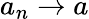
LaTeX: a_{n}\to a